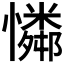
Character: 𪬾